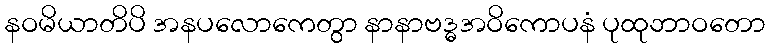
နဝမိယာတိပိ အနပလောကေတွာ နာနာဗဒ္ဓအဝိကောပနံ ပုထုဘာဝတော